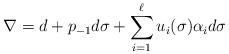
LaTeX: \begin{align*} \nabla = d + p_{-1}d\sigma + \sum_{i=1}^\ell u_i(\sigma) \alpha_i d\sigma\end{align*}